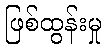
ဖြစ်ထွန်းမှု